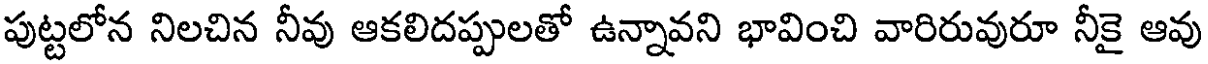
పుట్టలోన నిలచిన నీవు ఆకలిదప్పులతో ఉన్నావని భావించి వారిరువురూ నీకై ఆవు